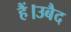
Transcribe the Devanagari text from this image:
हैं।उबैद